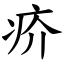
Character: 疥